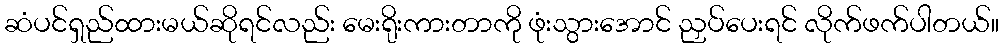
ဆံပင်ရှည်ထားမယ်ဆိုရင်လည်း မေးရိုးကားတာကို ဖုံးသွားအောင် ညှပ်ပေးရင် လိုက်ဖက်ပါတယ်။